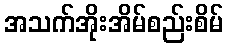
အသက်အိုးအိမ်စည်းစိမ်